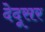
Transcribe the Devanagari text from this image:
देदूसर